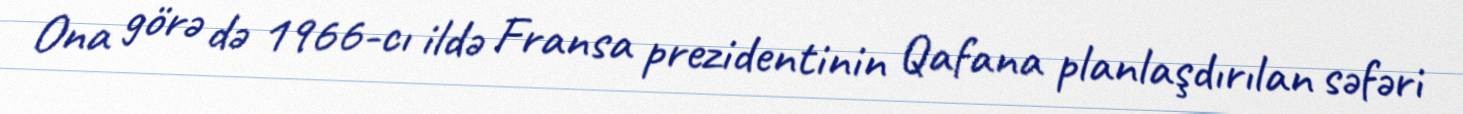
Ona görə də 1966-cı ildə Fransa prezidentinin Qafana planlaşdırılan səfəri